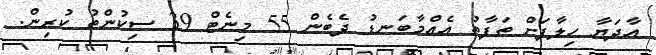
އާދަޔާ ހިލާފަށް ތަފާތު އެއްމާބަނޑު ދެބެން 55 މިނެޓް 39 ސިކުންތު ކުރިން.